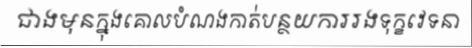
ជាងមុនក្នុងគោលបំណងកាត់បន្ថយការរងទុក្ខវេទនា